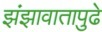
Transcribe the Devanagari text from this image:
झंझावातापुढे